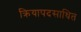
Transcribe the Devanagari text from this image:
क्रियापदसाधित